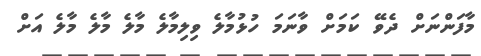
މާފަންނަށް ދެވޭ ކަމަށް ވާނަމަ ހުޅުމާލެ ވިލިމާލެ މާލެ މާލެ މާލެ އަށް